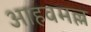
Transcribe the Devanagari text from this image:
आहवमल्ल